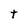
Character: t